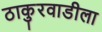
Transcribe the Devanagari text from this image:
ठाकुरवाडीला